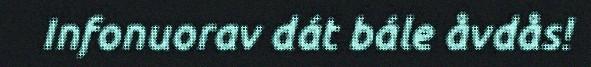
Infonuorav dát bále åvdås!